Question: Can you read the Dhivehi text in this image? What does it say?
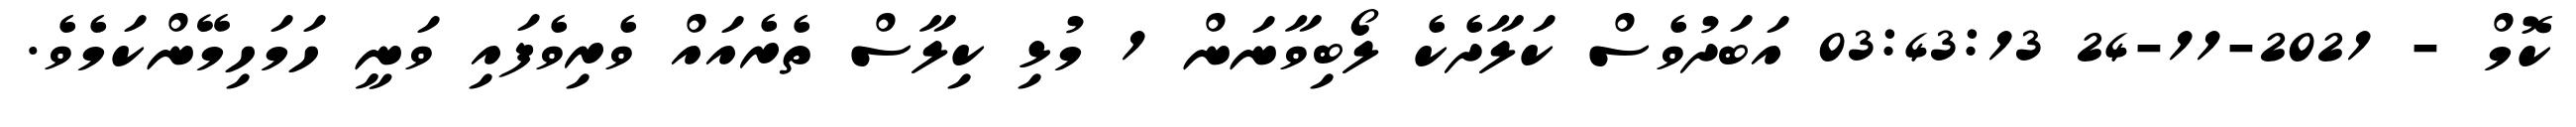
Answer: ކޮމް - 2021-11-24 03:43:13 އަބަދުވެސް ކަލާދެކެ ލޯބިވާނަން 1 މުޅި ކިލާސް ތެރެއައް ވެރިވެފައި ވަނީ ހަމަހިމޭންކަމެވެ.